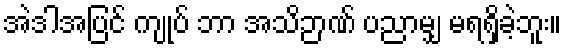
အဲဒါအပြင် ကျုပ် ဘာ အသိဉာဏ် ပညာမျှ မရရှိခဲ့ဘူး။